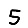
Digit: 5